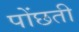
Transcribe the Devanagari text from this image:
पोंछती